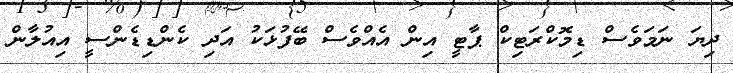
ދިޔަ ނަމަވެސް ޑިމޮކްރަޓިކް ޕާޓީ އިން އެއްވެސް ބޭފުޅަކު އަދި ކެންޑިޑެންސީ އިއުލާން